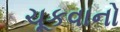
ચૂકવાનો